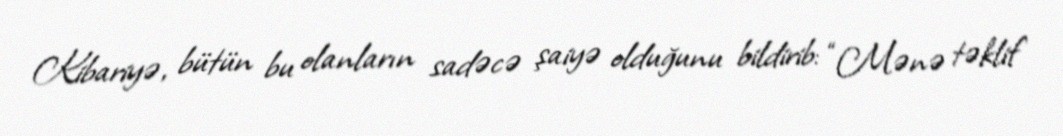
Kibariyə, bütün bu olanların sadəcə şaiyə olduğunu bildirib: “Mənə təklif